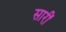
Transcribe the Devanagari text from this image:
सारीं